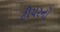
ટીચરનો